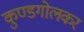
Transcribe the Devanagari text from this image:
कुण्डगोलकर